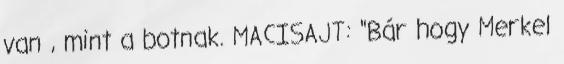
van , mint a botnak. MACISAJT: "Bár hogy Merkel